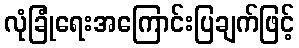
လုံခြုံရေးအကြောင်းပြချက်ဖြင့်